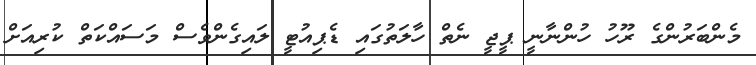
މެންބަރުންގެ ރޫހު ހުންނާނީ ޕީޖީ ނެތް ހާލަތުގައި ޑެޕިއުޓީ ލައިގެންވެސް މަސައްކަތް ކުރިއަށް